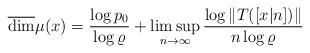
LaTeX: \begin{align*}\overline{\dim }\mu (x)=\frac{\log p_{0}}{\log \varrho }+\limsup_{n\rightarrow \infty }\frac{\log \left\Vert T([x|n])\right\Vert }{n\log\varrho } \end{align*}